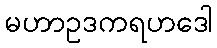
မဟာဥဒကရဟဒေါ